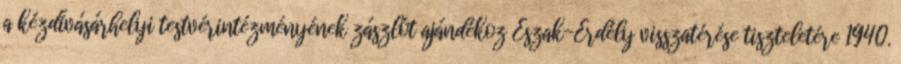
a kézdivásárhelyi testvérintézményének zászlót ajándékoz Észak-Erdély visszatérése tiszteletére 1940.